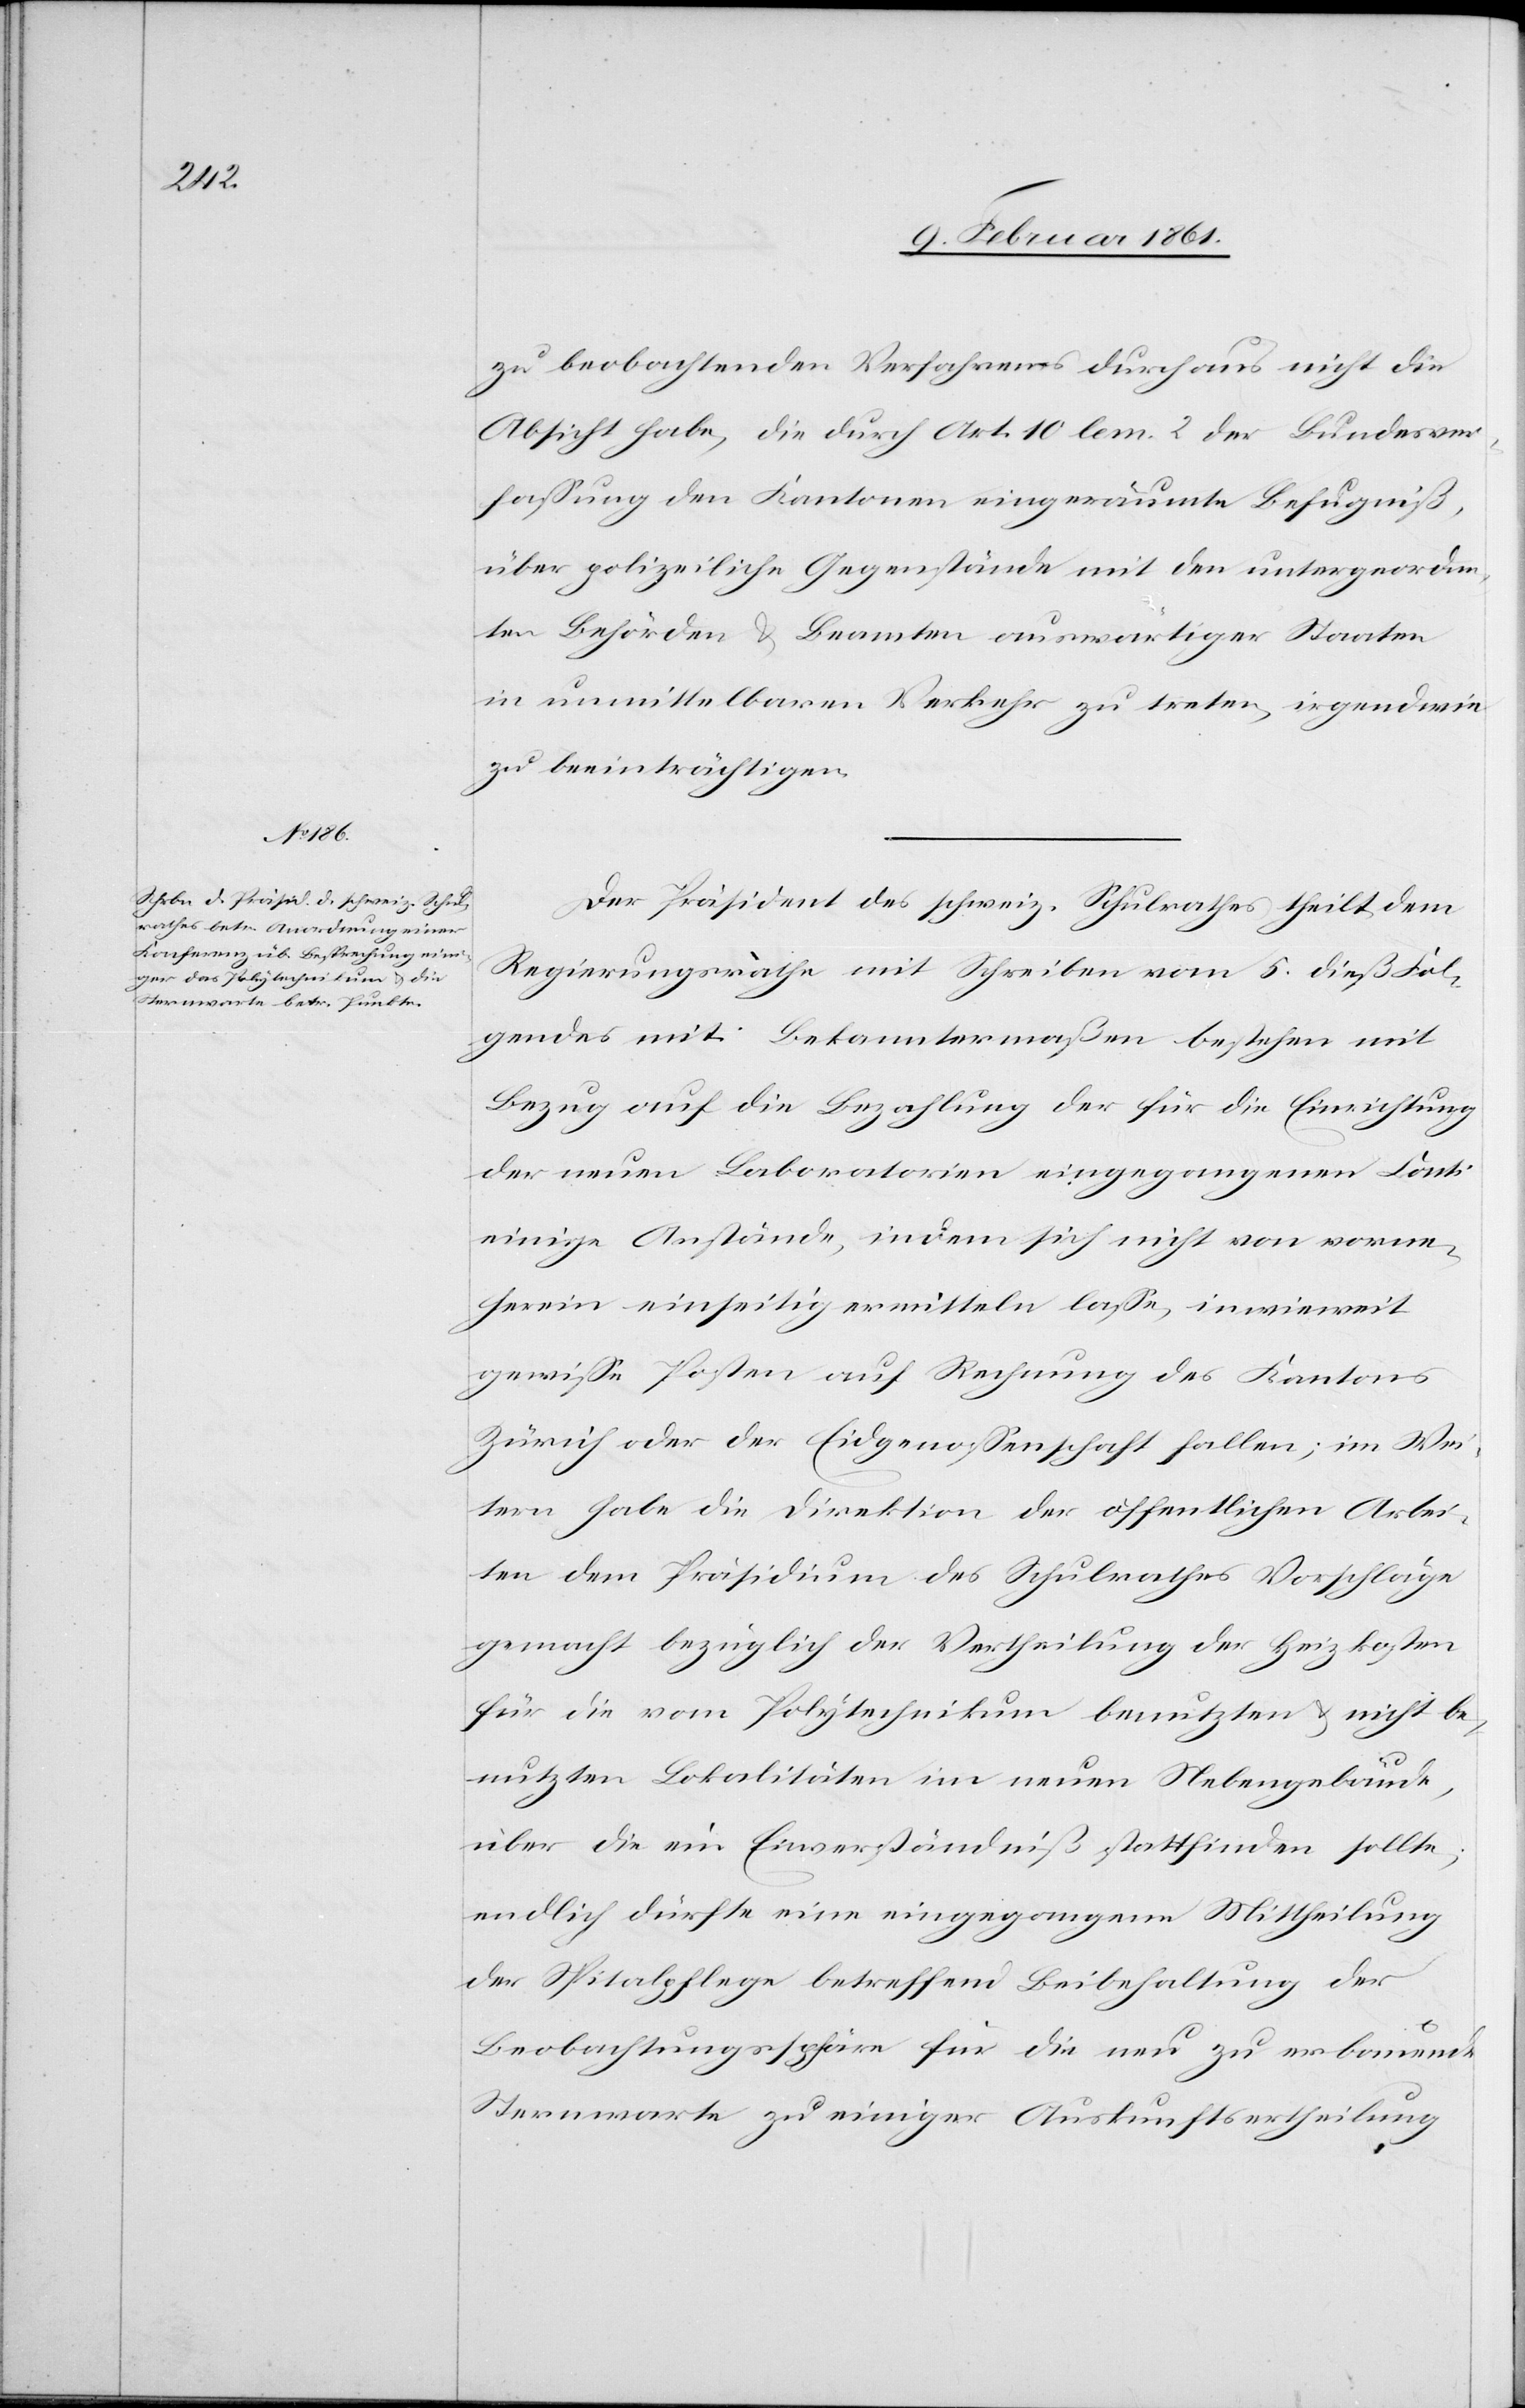
zu beobachtenden Verfahrens durchaus nicht die
Absicht habe, die durch Art. 10 lem. 2 der Bundesver¬
fassung den Kantonen eingeräumte Befugniß,
über polizeiliche Gegenstände mit den untergeordne¬
ten Behörden u. Beamten auswärtiger Staaten
in unmittelbaren Verkehr zu treten, irgendwie
zu beeinträchtigen.
Der Präsident des schweiz. Schulrathes theilt dem
Regierungsrathe mit Schreiben vom 5. dieß Fol¬
gendes mit: Bekanntermaßen bestehen mit
Bezug auf die Bezahlung der für die Einrichtung
der neuen Laboratorien eingegangenen Conti
einige Anstände, indem sich nicht von vorne¬
herein einseitig ermitteln lasse, inwieweit
gewisse Posten auf Rechnung des Kantons
Zürich oder der Eidgenossenschaft fallen; im Wei¬
tern habe die Direktion der öffentlichen Arbei¬
ten dem Präsidium des Schulrathes Vorschläge
gemacht bezüglich der Vertheilung der Heizkosten
für die vom Polytechnikum benutzten u. nicht be¬
nutzten Lokalitäten im neuen Nebengebäude,
über die ein Einverständniß stattfinden sollte;
endlich dürfte eine eingegangene Mittheilung
der Spitalpflege betreffend Beibehaltung der
Beobachtungssphäre für die neu zu erbauende
Sternwarte zu einiger Auskunftsertheilung